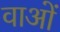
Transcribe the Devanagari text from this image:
वाओं